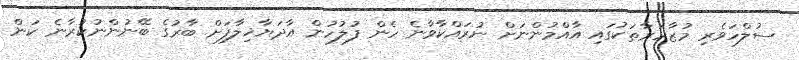
ސުލްހަވެރި މުޒާހަރާތަކުގައި އާއްމުންނަށް ނުރައްކާވާނެ ހެން ފުލުހުން އާދަޔާޚިލާފަށް ބާރުގެ ބޭނުންނުކުރާނެ ކަން